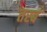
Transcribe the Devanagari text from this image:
तस्ब